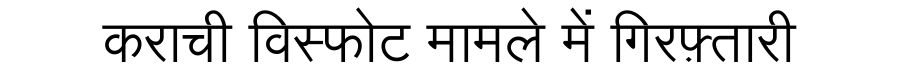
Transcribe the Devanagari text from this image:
कराची विस्फोट मामले में गिरफ़्तारी